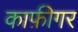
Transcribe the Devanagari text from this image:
काफ़ीगर